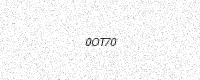
Text: 0OT70